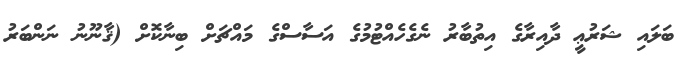
ބަލައި ޝަރުޢީ ދާއިރާގެ އިތުބާރު ނެގެހެއްޓުމުގެ އަސާސްގެ މައްޗަށް ބިނާކޮށް (ޤާނޫނު ނަންބަރު